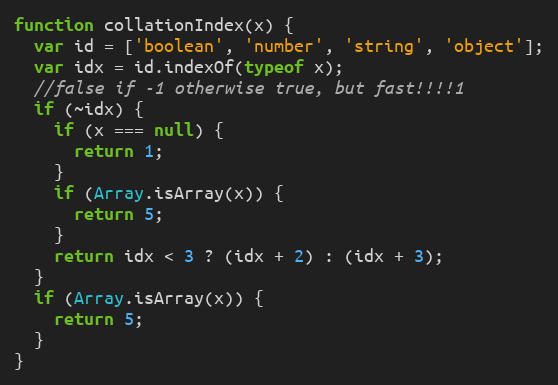
Language: JavaScript
function collationIndex(x) {
  var id = ['boolean', 'number', 'string', 'object'];
  var idx = id.indexOf(typeof x);
  //false if -1 otherwise true, but fast!!!!1
  if (~idx) {
    if (x === null) {
      return 1;
    }
    if (Array.isArray(x)) {
      return 5;
    }
    return idx < 3 ? (idx + 2) : (idx + 3);
  }
  if (Array.isArray(x)) {
    return 5;
  }
}